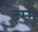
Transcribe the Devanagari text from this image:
दम्मू